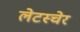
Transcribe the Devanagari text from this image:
लेटस्चेर